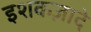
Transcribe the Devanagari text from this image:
इशकज़ादे